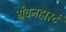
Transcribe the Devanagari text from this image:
ग्रैवनहार्स्ट